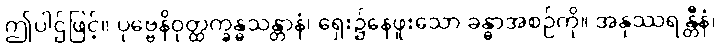
ဤပါဌ်ဖြင့်။ ပုဗ္ဗေနိဝုတ္ထက္ခန္ဓသန္တာနံ၊ ရှေး၌နေဖူးသော ခန္ဓာအစဉ်ကို။ အနုဿရန္တီနံ၊